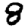
Digit: 8